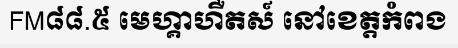
FM៨៨.៥ មេហ្គាហឺតស៍ នៅខេត្តកំពង